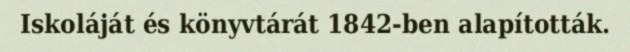
Iskoláját és könyvtárát 1842-ben alapították.